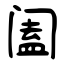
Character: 阖